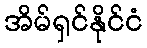
အိမ်ရှင်နိုင်ငံ